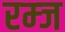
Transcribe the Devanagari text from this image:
रम्ज